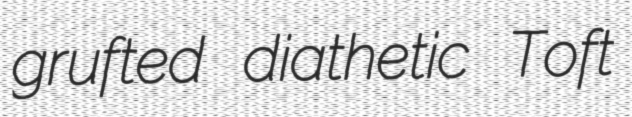
grufted diathetic Toft